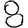
Digit: 8